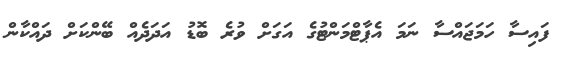
ފައިސާ ހަމަޖައްސާ ނަމަ އެޕާޓްމަންޓުގެ އަގަށް ވުރެ ބޮޑު އަދަދެއް ބޭންކަށް ދައްކާން